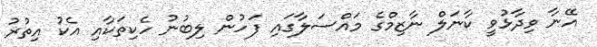
އޭނާ ވިދާޅުވީ ކާނަލް ނާޒިމްގެ މައްސަލާގައި ފަހުން ލިބުނު ހެކިތަކާއި އެކު އިތުރު